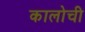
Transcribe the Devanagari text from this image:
कालोची